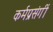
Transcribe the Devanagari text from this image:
कर्मप्रसंगीं